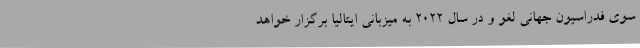
سوی فدراسیون جهانی لغو و در سال 2022 به میزبانی ایتالیا برگزار خواهد